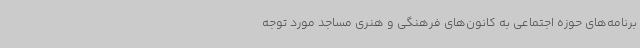
برنامه‌های حوزه اجتماعی به کانون‌های فرهنگی و هنری مساجد مورد توجه